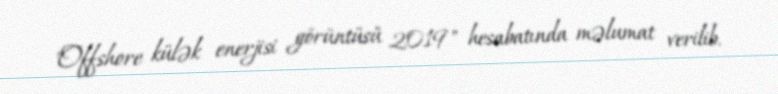
"Offshore külək enerjisi görüntüsü 2019" hesabatında məlumat verilib.